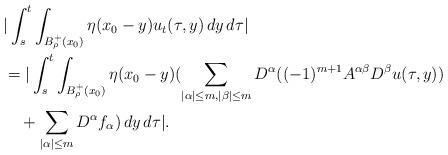
LaTeX: \begin{align*}&|\int_s^t \int_{B^+_\rho(x_0)}\eta(x_0-y)u_t(\tau,y)\,dy\,d\tau|\\&=|\int_s^t \int_{B^+_\rho(x_0)}\eta(x_0-y) (\sum_{|\alpha|\le m, |\beta|\le m}D^\alpha ((-1)^{m+1}A^{\alpha\beta}D^\beta u(\tau,y))\\&\quad+\sum_{|\alpha|\le m}D^\alpha f_\alpha)\,dy\,d\tau|.\end{align*}